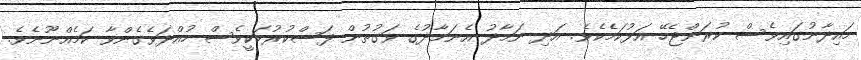
މައިދާނުގައިވެސް ކުރަންޖެހޭ އަޅުކަމެކެވެ. އަދި ނަމާދު އެނަމާދުގެ ވަގުތުން ފަސްކުރުމަކީވެސް ހުއްދަވެގެންވާ ކަމެއްނޫނެވެ.